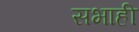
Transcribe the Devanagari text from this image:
सभाही